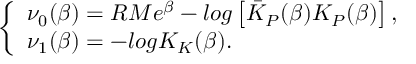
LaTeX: \left\{ \begin{array} { l } { { \nu _ { 0 } ( \beta ) = R M e ^ { \beta } - l o g \left[ \bar { K } _ { P } ( \beta ) K _ { P } ( \beta ) \right] , } } \\ { { \nu _ { 1 } ( \beta ) = - l o g K _ { K } ( \beta ) . } } \end{array} \right.